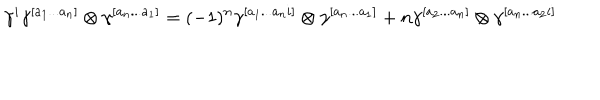
LaTeX: \gamma ^ { i } \gamma ^ { [ a _ { 1 } . . . a _ { n } ] } \otimes \gamma ^ { [ a _ { n } . . . a _ { 1 } ] } = ( - 1 ) ^ { n } \gamma ^ { [ a _ { 1 } . . . a _ { n } i ] } \otimes \gamma ^ { [ a _ { n } . . . a _ { 1 } ] } + n \gamma ^ { [ a _ { 2 } . . . a _ { n } ] } \otimes \gamma ^ { [ a _ { n } . . . a _ { 2 } i ] }